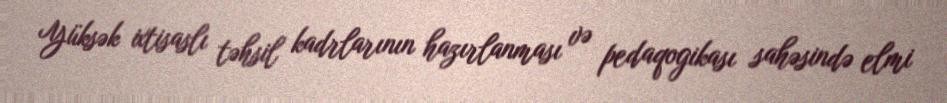
Yüksək ixtisaslı təhsil kadrlarının hazırlanması və pedaqogikası sahəsində elmi